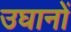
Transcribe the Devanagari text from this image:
उघानों